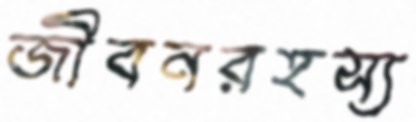
জীবনরহস্য